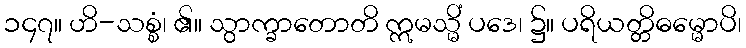
၁၄၇။ ဟိ-သစ္စံ၊ ၏။ သွာက္ခာတောတိ ဣမသ္မိံ ပဒေ၊ ၌။ ပရိယတ္တိဓမ္မောပိ၊